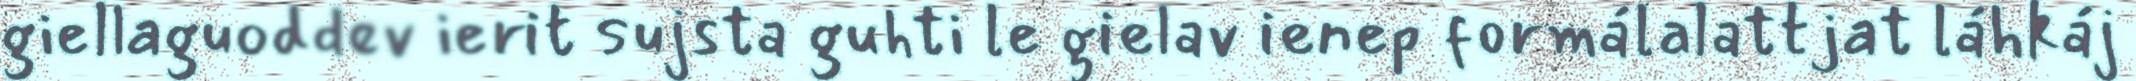
giellaguoddev ierit sujsta guhti le gielav ienep formálalattjat láhkáj